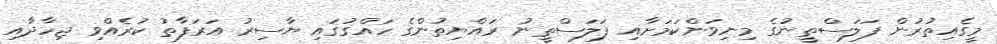
މީގެއިތުރުން ފަލަސްތީނުގެ މިނިވަންކަމަށާއި ފަލަސްތީނު ރައްޔިތުންގެ ހައްގުގައި ޔާސިރު އަރަފާތު ކުރެއްވި ޖިހާދާއި